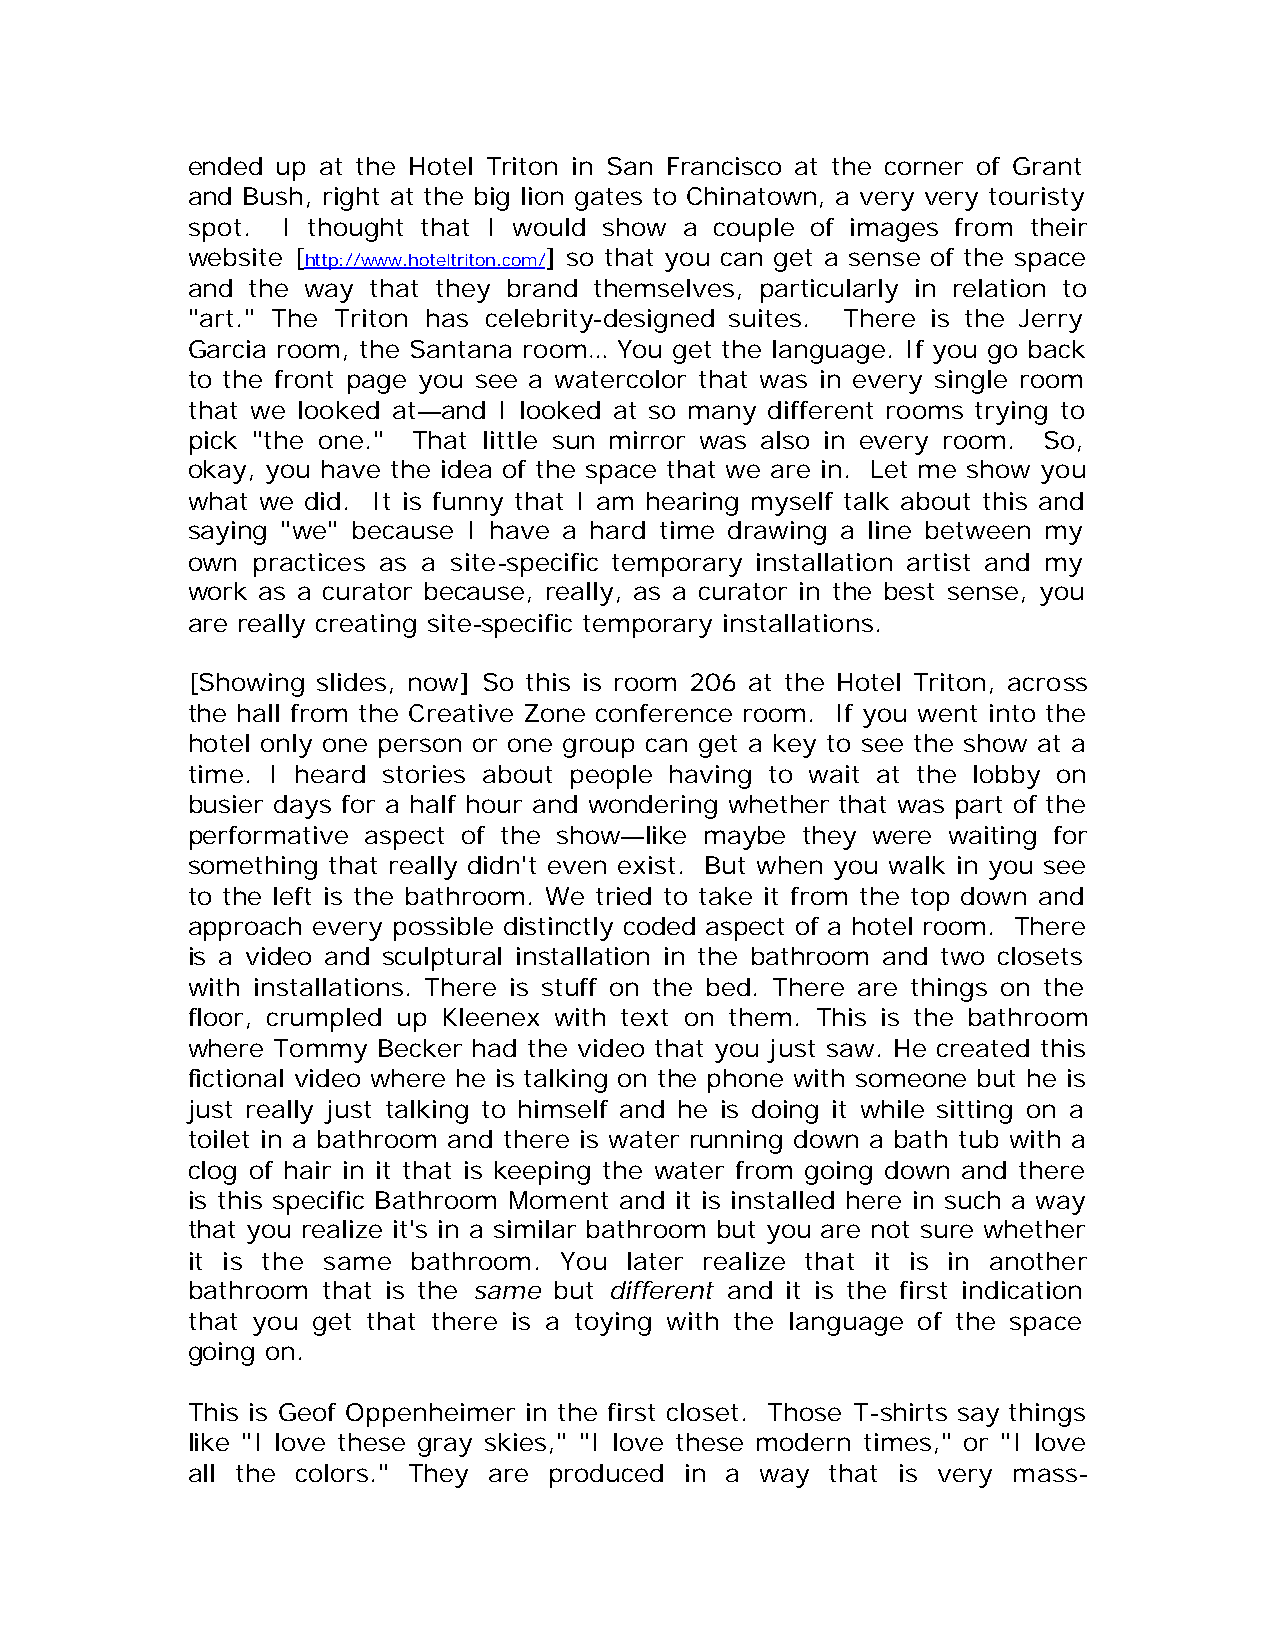
ended up at the Hotel Triton in San Francisco at the corner of Grant
 and Bush, right at the big lion gates to Chinatown, a very very touristy
 spot.  I thought that I would show a couple of images from their
 website [http://www.hoteltriton.com/] so that you can get a sense of the space
 and the way  that they brand themselves, particularly in relation to
 "art." The Triton has celebrity-designed suites. There is the Jerry
 Garcia room, the Santana room… You get the language. If you go back
 to the front page you see a watercolor that was in every single room
 that we looked at—and I looked at so many different rooms trying to
 pick "the one." That little sun mirror was also in every room. So,
 okay, you have the idea of the space that we are in. Let me show you
 what we did. It is funny that I am hearing myself talk about this and
 saying "we" because I have a hard time drawing a line between my
 own  practices as a site-specific temporary installation artist and my
 work as a curator because, really, as a curator in the best sense, you
 are really creating site-specific temporary installations.
 [Showing slides, now] So this is room 206 at the Hotel Triton, across
 the hall from the Creative Zone conference room. If you went into the
 hotel only one person or one group can get a key to see the show at a
 time. I heard stories about people having to wait at the lobby on
 busier days for a half hour and wondering whether that was part of the
 performative aspect of the show—like maybe they were waiting for
 something that really didn't even exist. But when you walk in you see
 to the left is the bathroom. We tried to take it from the top down and
 approach every possible distinctly coded aspect of a hotel room. There
 is a video and sculptural installation in the bathroom and two closets
 with installations. There is stuff on the bed. There are things on the
 floor, crumpled up Kleenex with text on them. This is the bathroom
 where Tommy  Becker had the video that you just saw. He created this
 fictional video where he is talking on the phone with someone but he is
 just really just talking to himself and he is doing it while sitting on a
 toilet in a bathroom and there is water running down a bath tub with a
 clog of hair in it that is keeping the water from going down and there
 is this specific Bathroom Moment and it is installed here in such a way
 that you realize it's in a similar bathroom but you are not sure whether
 it is the same bathroom. You later realize that it is in another
 bathroom that is the same but different and it is the first indication
 that you get that there is a toying with the language of the space
 going on.
 This is Geof Oppenheimer in the first closet. Those T-shirts say things
 like "I love these gray skies," "I love these modern times," or "I love
 all the colors." They are produced in a way that is very mass-